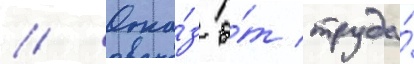
// Отка́з о́т труда́